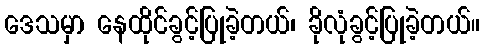
ဒေသမှာ နေထိုင်ခွင့်ပြုခဲ့တယ်၊ ခိုလုံခွင့်ပြုခဲ့တယ်။